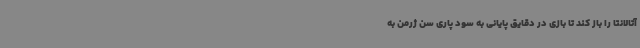
آتالانتا را باز کند تا بازی در دقایق پایانی به سود پاری سن ژرمن به